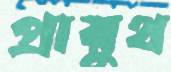
প্রায়ুথ